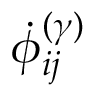
\dot { \phi } _ { i j } ^ { ( \gamma ) }